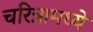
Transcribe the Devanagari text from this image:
चरित्रामध्ये